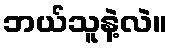
ဘယ်သူနဲ့လဲ။